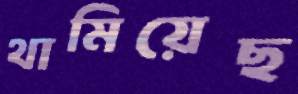
থামিয়েছ